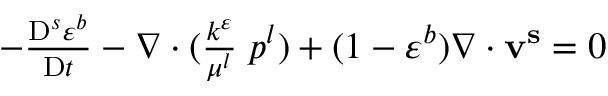
\begin{array} { r } { - \frac { \mathrm { D } ^ { s } \varepsilon ^ { b } } { \mathrm { D } t } - \nabla \cdot ( \frac { k ^ { \varepsilon } } { \mu ^ { l } } \mathbf { \nabla } p ^ { l } ) + ( 1 - \varepsilon ^ { b } ) \nabla \cdot \mathbf { v ^ { s } } = 0 } \end{array}